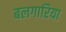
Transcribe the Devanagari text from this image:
बलगारिया